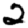
Digit: 2